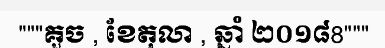
"""គួច , ខែតុលា , ឆ្នាំ ២០១៨8"""